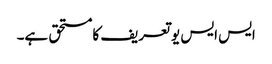
ایس ایس یو تعریف کا مستحق ہے۔